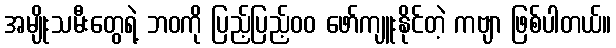
အမျိုးသမီးတွေရဲ့ ဘဝကို ပြည့်ပြည့်၀၀ ဖော်ကျူးနိုင်တဲ့ ကဗျာ ဖြစ်ပါတယ်။